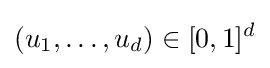
(u_{1},\dots ,u_{d})\in [0,1]^{d}